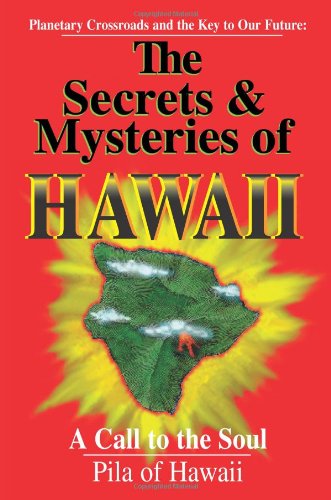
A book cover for The Secrets and Mysteries of Hawaii: A Call to the Soul; Pila of Hawaii; Religion & Spirituality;